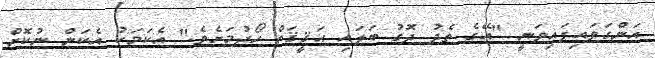
އަންގަވައިފައިވަނީ "އޭގެ ތެދު ދޮގު ބަލައި ޙަޤީޤަތް ހޯދުމަށެވެ." އެކަމަކު އެކަން ނުކޮށް